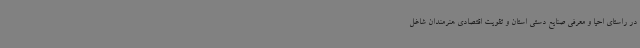
در راستای احیا و معرفی صنایع دستی استان و تقویت اقتصادی هنرمندان شاغل